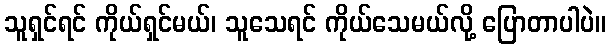
သူရှင်ရင် ကိုယ်ရှင်မယ်၊ သူသေရင် ကိုယ်သေမယ်လို့ ပြောတာပါပဲ။